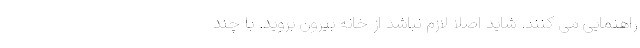
راهنمایی می کنند. شاید اصلا لازم نباشد از خانه بیرون بروید. با چند